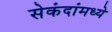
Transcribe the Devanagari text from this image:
सेकंदांमध्ये